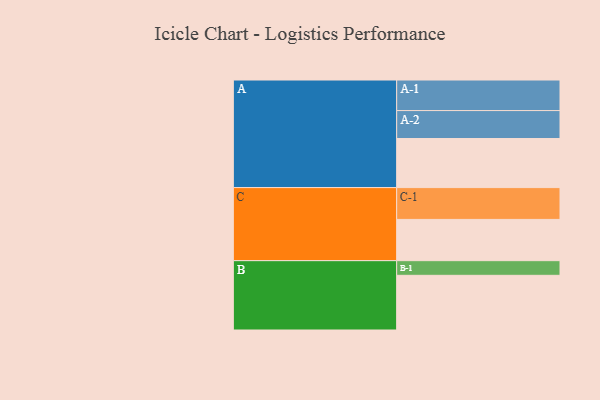
{"axis": {"x": "Segment", "y": "Value"}, "legend": ["", "A", "B", "C"], "data": [{"x": "A", "y": 395, "type": ""}, {"x": "B", "y": 440, "type": ""}, {"x": "C", "y": 332, "type": ""}, {"x": "A-1", "y": 246, "type": "A"}, {"x": "A-2", "y": 225, "type": "A"}, {"x": "B-1", "y": 118, "type": "B"}, {"x": "C-1", "y": 256, "type": "C"}]}